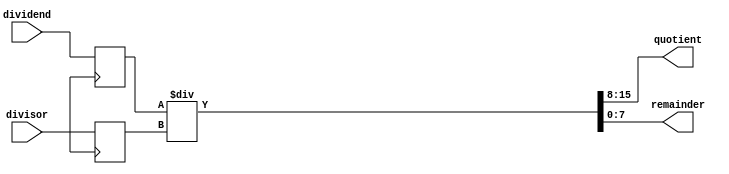
module Asynchronous_Divider (
    input wire [7:0] dividend,
    input wire [7:0] divisor,
    output reg [7:0] quotient,
    output reg [7:0] remainder
);

// Initialize variables
reg [7:0] dividend_reg;
reg [7:0] divisor_reg;
reg [7:0] quotient_reg;
reg [7:0] remainder_reg;

// Assign inputs to registers
always @(posedge Clk) begin
    dividend_reg <= dividend;
    divisor_reg <= divisor;
end

// Perform division operation
always @* begin
    {quotient_reg, remainder_reg} = dividend_reg / divisor_reg;
end

// Assign outputs
assign quotient = quotient_reg;
assign remainder = remainder_reg;

endmodule